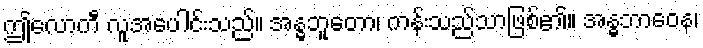
ဤလောကီ လူအပေါင်းသည်။ အန္ဓဘူတော၊ ကန်းသည်သာဖြစ်၏။ အန္ဓဘာဝေန၊